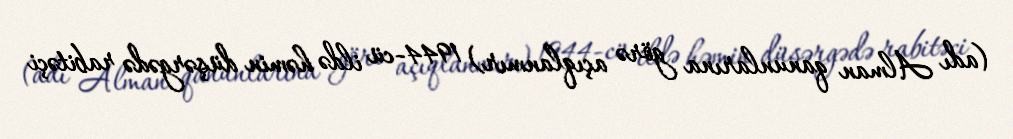
(adı Alman qanunlarına görə açıqlanmır) 1944-cü ildə həmin düşərgədə rabitəçi